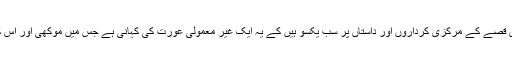
گو کہ اس قصے کے بارے میں تین مختلف روایات ملتی ہیں لیکن اس قصے کے مرکزی کرداروں اور داستاں پر سب یکسو ہیں کے یہ ایک غیر معمولی عورت کی کہانی ہے جس میں موکھی اور اس کی ماں دور دراز کے علاقے میں مے فروشی کا کاروبار کرتی ہیں۔